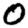
Digit: 0